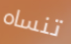
تنساه